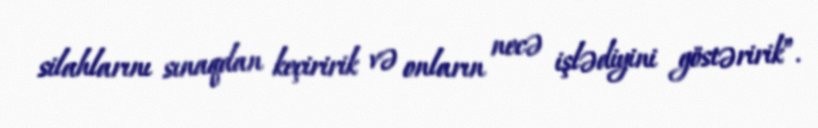
silahlarını sınaqdan keçiririk və onların necə işlədiyini göstəririk”.